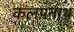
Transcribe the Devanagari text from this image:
कलपनाथ